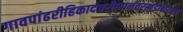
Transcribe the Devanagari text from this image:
गावपांढरीहिकादंबरीत्यानंतरखंडोबायात्रा